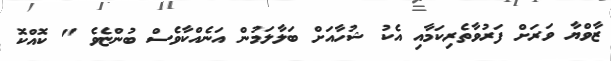
ޒާވްޔާ ވަރަށް ފަރުވާތެރިކަމާއި އެކު ޝުހާއަށް ބަލާލަމުން އަނެއްކާވެސް ބުންޏެވެ " ކޮއްކޮ